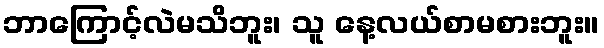
ဘာကြောင့်လဲမသိဘူး၊ သူ နေ့လယ်စာမစားဘူး။